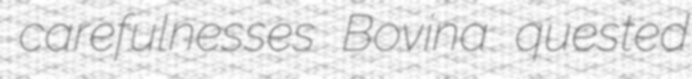
carefulnesses Bovina quested